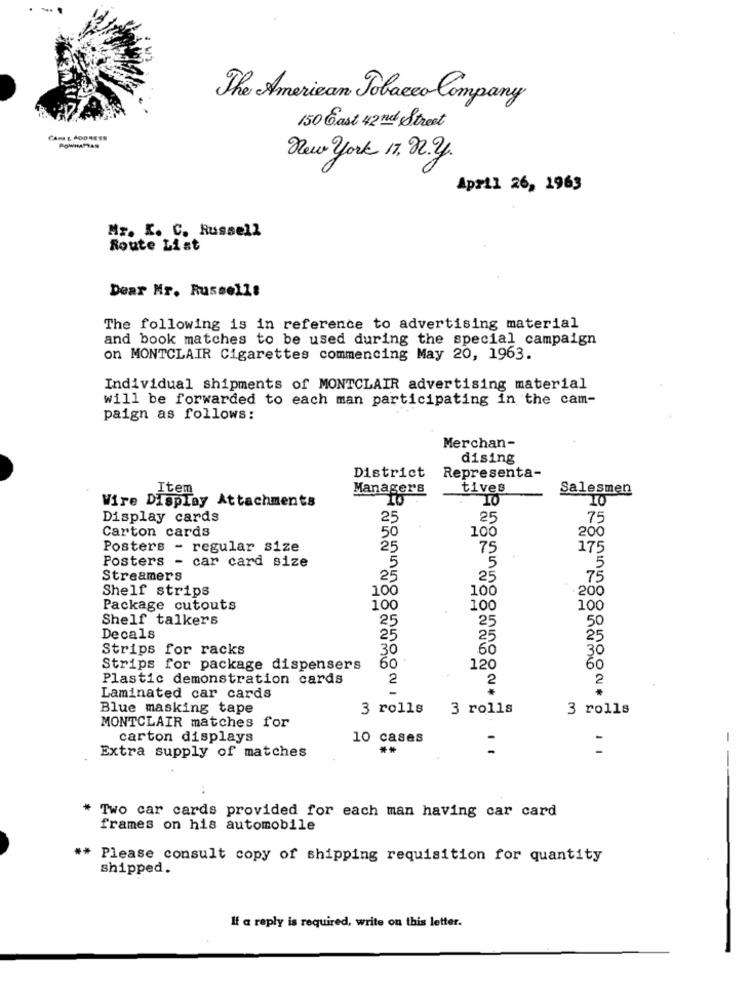
The American Tobacco Company
150 Cast 42nd Street
CANAL ADDRESS
POWHATAN
New York 17, 22.2.
April 26, 1963
Mr. K. C. Russell
Route List
Dear Mr. Russell:
The following is in reference to advertising material
and book matches to be used during the special campaign
on MONTCLAIR Cigarettes commencing May 20, 1963.
Individual shipments of MONTCLAIR advertising material
will be forwarded to each man participating in the cam-
paign as follows:
Merchan-
dising
District
Representa-
Item
Managers
tives
Salesmen
Wire Display Attachments
Display cards
25
25
75
Carton cards
100
200
50
Posters - regular size
25
75
175
Posters - car card size
5
5
5
Streamers
25
25
75
Shelf strips
100
100
200
Package cutouts
100
100
100
Shelf talkers
25
25
50
Decals
25
25
25
Strips for racks
30
60
30
Strips for package dispensers
60
120
60
Plastic demonstration cards
2
2
2
Laminated car cards
Blue masking tape
3 rolls
3 rolls
3 rolls
MONTCLAIR matches for
carton displays
10 cases
Extra supply of matches
-
-
-
* Two car cards provided for each man having car card
frames on his automobile
** Please consult copy of shipping requisition for quantity
shipped.
If a reply is required, write on this letter.